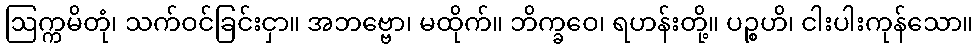
ဩက္ကမိတုံ၊ သက်ဝင်ခြင်းငှာ။ အဘဗ္ဗော၊ မထိုက်။ ဘိက္ခဝေ၊ ရဟန်းတို့။ ပဉ္စဟိ၊ ငါးပါးကုန်သော။